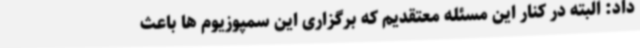
داد: البته در کنار این مسئله معتقدیم که برگزاری این سمپوزیوم ها باعث